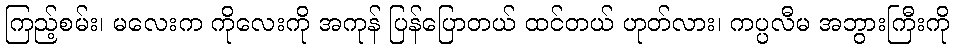
ကြည့်စမ်း၊ မလေးက ကိုလေးကို အကုန် ပြန်ပြောတယ် ထင်တယ် ဟုတ်လား၊ ကပ္ပလီမ အဘွားကြီးကို